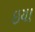
ઇયા